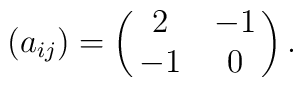
(a_{ij})=\pmatrix{2&-1\cr        -1&0\cr}.